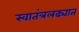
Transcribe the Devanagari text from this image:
स्वातंत्रलढ्यात